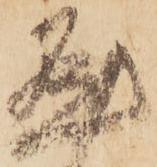
懸